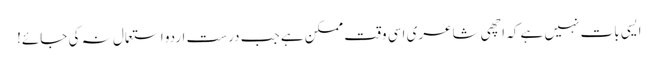
ایسی بات نہیں ہے کہ اچھی شاعری اسی وقت ممکن ہے جب درست اردو استعمال نہ کی جائے!